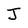
Character: J